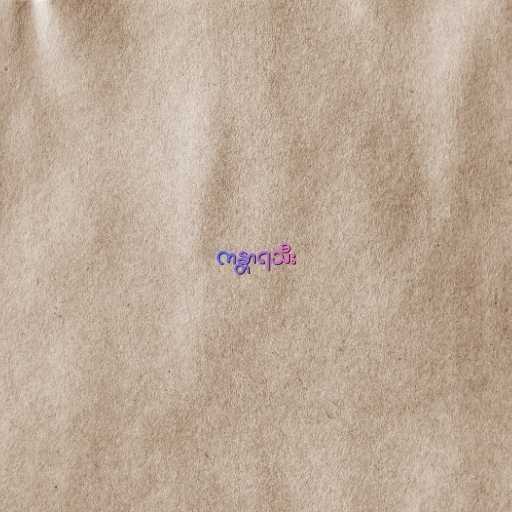
ကန္တာရသီး